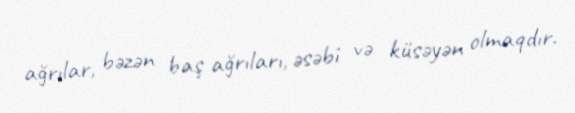
ağrılar, bəzən baş ağrıları, əsəbi və küsəyən olmaqdır.